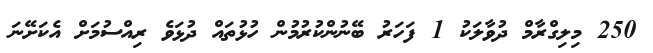
250 މިލިގްރާމް ދުވާލަކު 1 ފަހަރު ބޭނުންކުރުމުން ހުޅުތައް ދުޅަވެ ރިއްސުމަށް އެކަށޭނަ